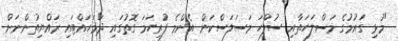
"މުޅި ގައުމުގެ މަސްލަހަތާއި ސުލްހަ މަސަލަސްކަން އެންމެ ފުރިހަމަ ގޮތުގައި ދަމަހައްޓައި ރައްޔިތުންނަށް